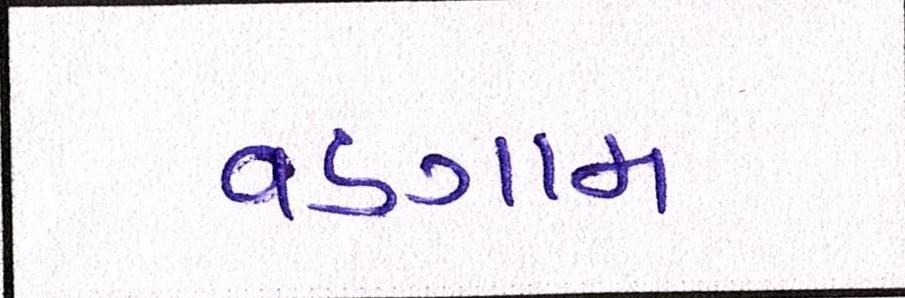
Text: વડગામ